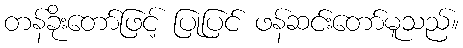
တန်ခိုးတော်ဖြင့် ပြုပြင် ဖန်ဆင်းတော်မူသည်။